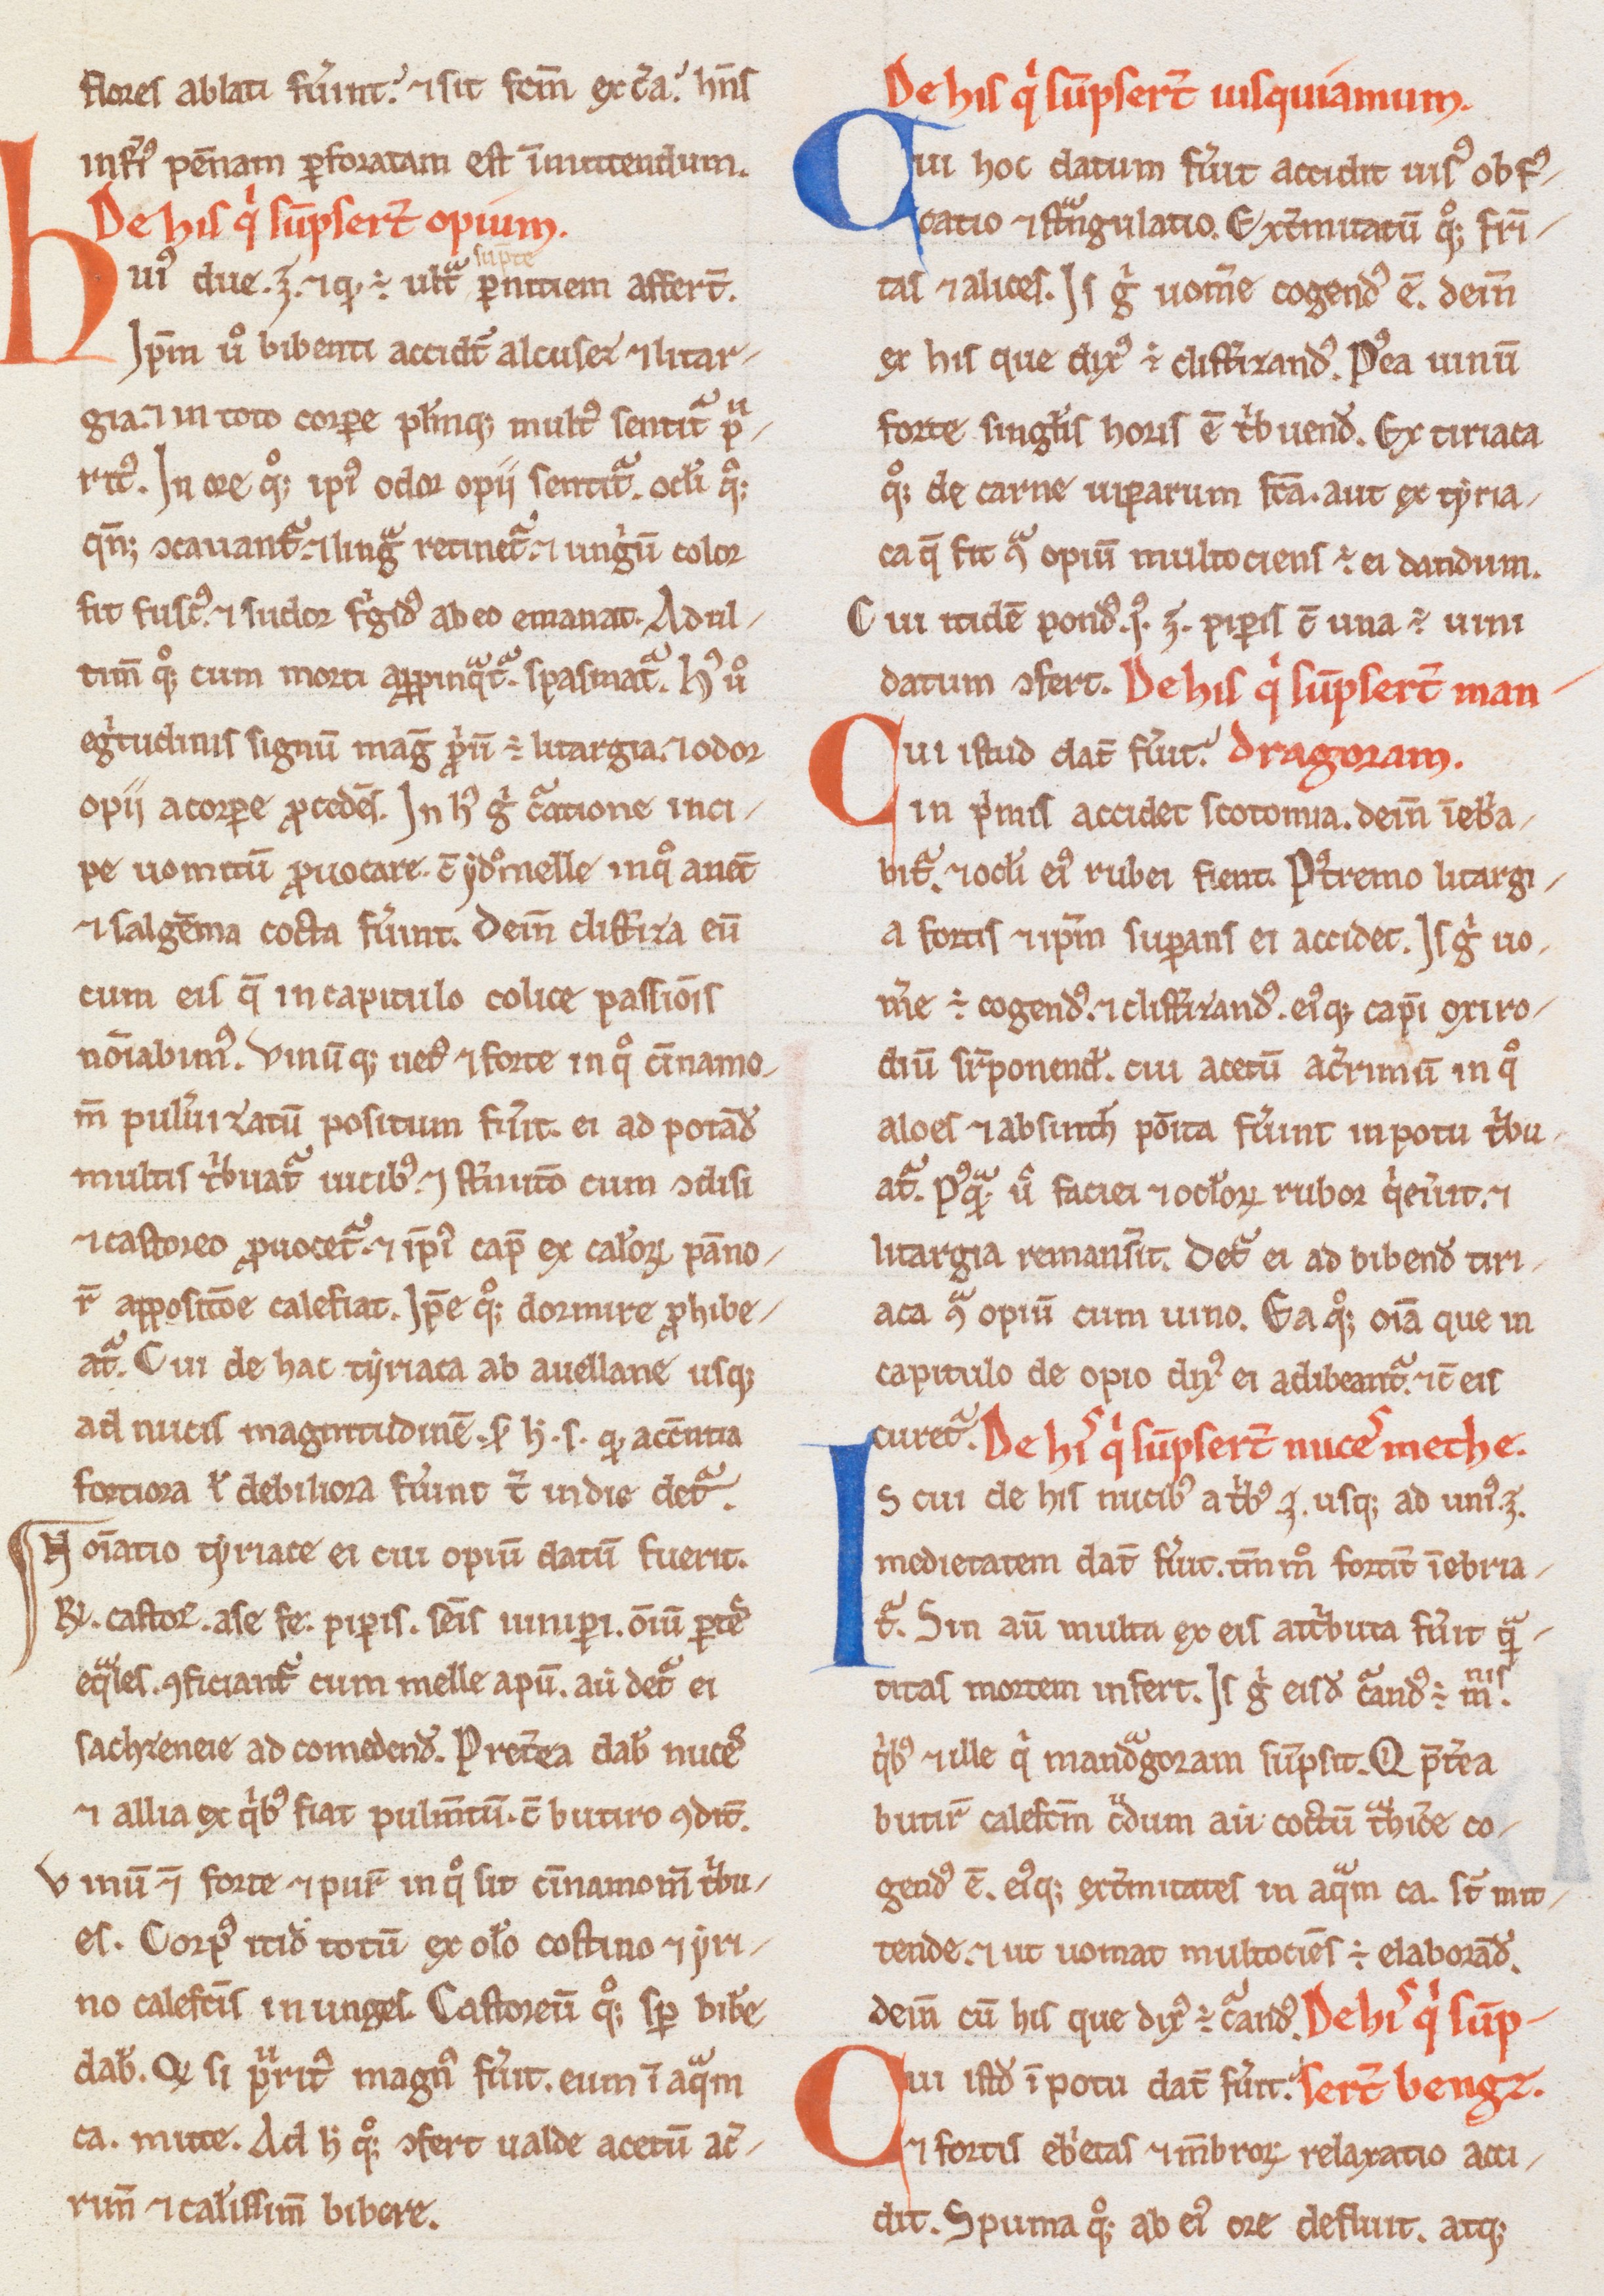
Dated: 1200–1299